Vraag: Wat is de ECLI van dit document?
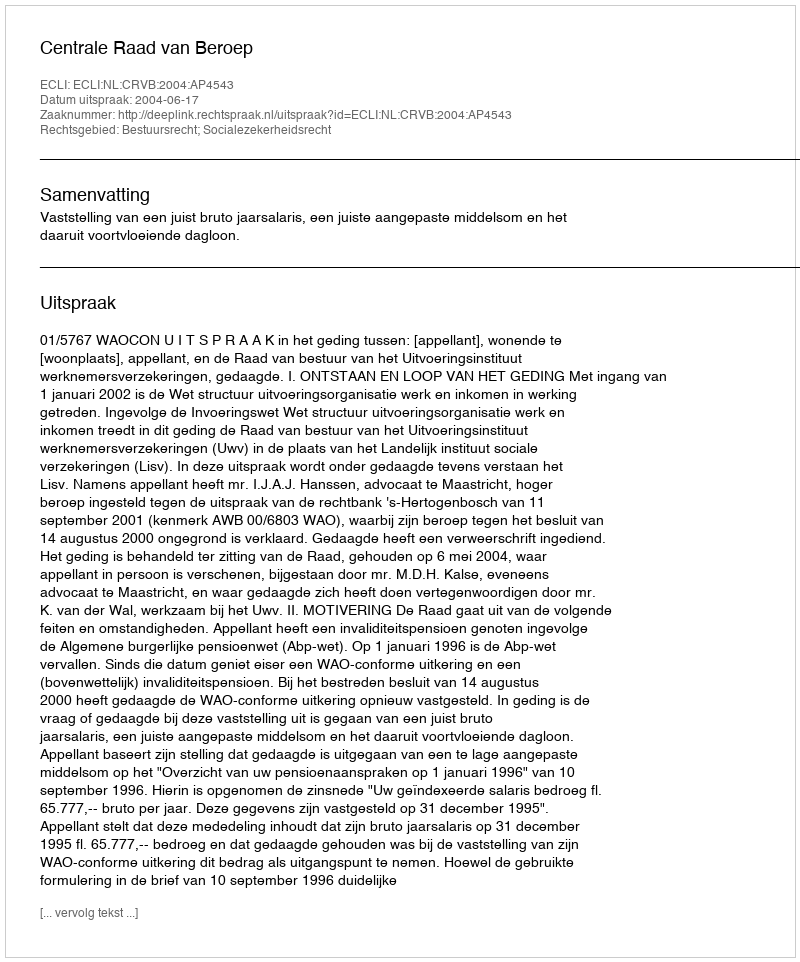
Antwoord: ECLI:NL:CRVB:2004:AP4543